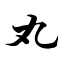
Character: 丸